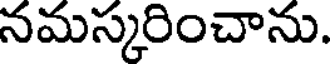
నమస్కరించాను.